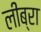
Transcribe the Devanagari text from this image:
लीब्रा